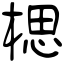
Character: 楒